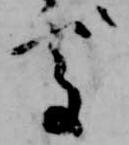
処